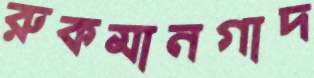
রুকমানগাদ